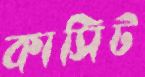
কাসিট